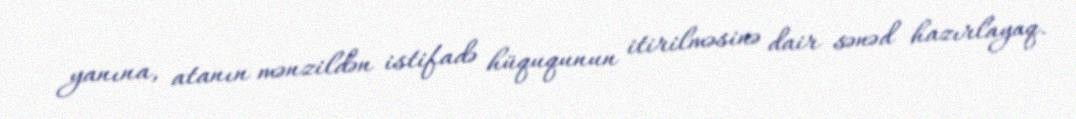
yanına, atanın mənzildən istifadə hüququnun itirilməsinə dair sənəd hazırlayaq.